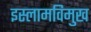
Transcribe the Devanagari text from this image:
इस्लामविमुख